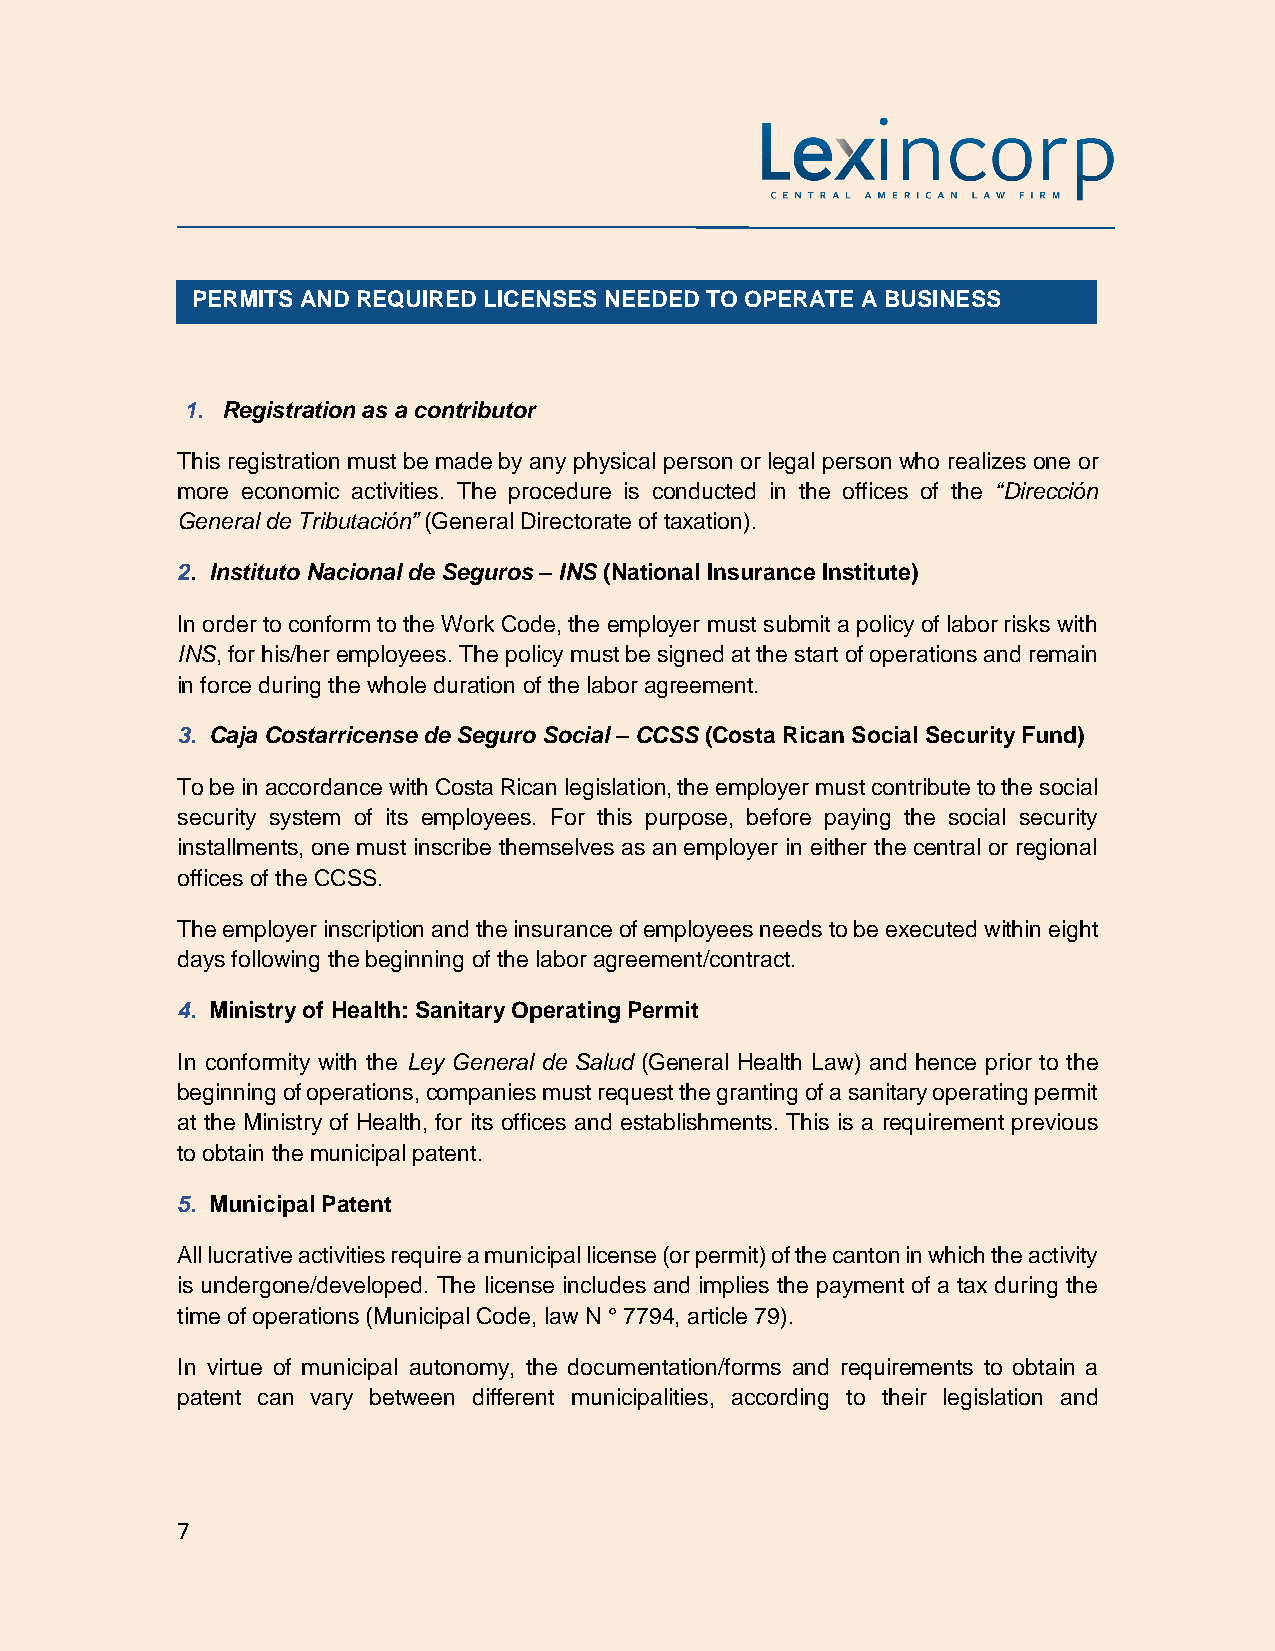
PERMITS AND REQUIRED LICENSES NEEDED TO OPERATE A BUSINESS
 1. Registration as a contributor
 This registration must be made by any physical person or legal person who realizes one or
 more economic activities. The procedure is conducted in the offices of the “Dirección
 General de Tributación” (General Directorate of taxation).
 2. Instituto Nacional de Seguros – INS (National Insurance Institute)
 In order to conform to the Work Code, the employer must submit a policy of labor risks with
 INS, for his/her employees. The policy must be signed at the start of operations and remain
 in force during the whole duration of the labor agreement.
 3. Caja Costarricense de Seguro Social – CCSS (Costa Rican Social Security Fund)
 To be in accordance with Costa Rican legislation, the employer must contribute to the social
 security system of its employees. For this purpose, before paying the social security
 installments, one must inscribe themselves as an employer in either the central or regional
 offices of the CCSS.
 The employer inscription and the insurance of employees needs to be executed within eight
 days following the beginning of the labor agreement/contract.
 4. Ministry of Health: Sanitary Operating Permit
 In conformity with the Ley General de Salud (General Health Law) and hence prior to the
 beginning of operations, companies must request the granting of a sanitary operating permit
 at the Ministry of Health, for its offices and establishments. This is a requirement previous
 to obtain the municipal patent.
 5. Municipal Patent
 All lucrative activities require a municipal license (or permit) of the canton in which the activity
 is undergone/developed. The license includes and implies the payment of a tax during the
 time of operations (Municipal Code, law N ° 7794, article 79).
 In virtue of municipal autonomy, the documentation/forms and requirements to obtain a
 patent can vary between different municipalities, according to their legislation and
 7